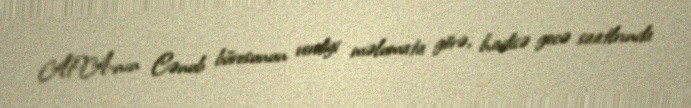
APA-nın Cənub bürosunun verdiyi məlumata görə, hadisə gecə saatlrında